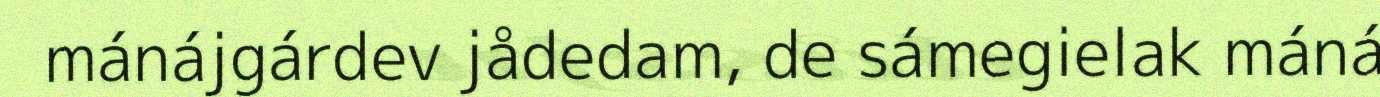
mánájgárdev jådedam, de sámegielak máná